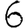
Digit: 6